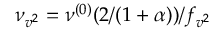
\nu _ { v ^ { 2 } } = \nu ^ { ( 0 ) } ( 2 / ( 1 + \alpha ) ) / f _ { v ^ { 2 } }